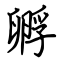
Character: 孵